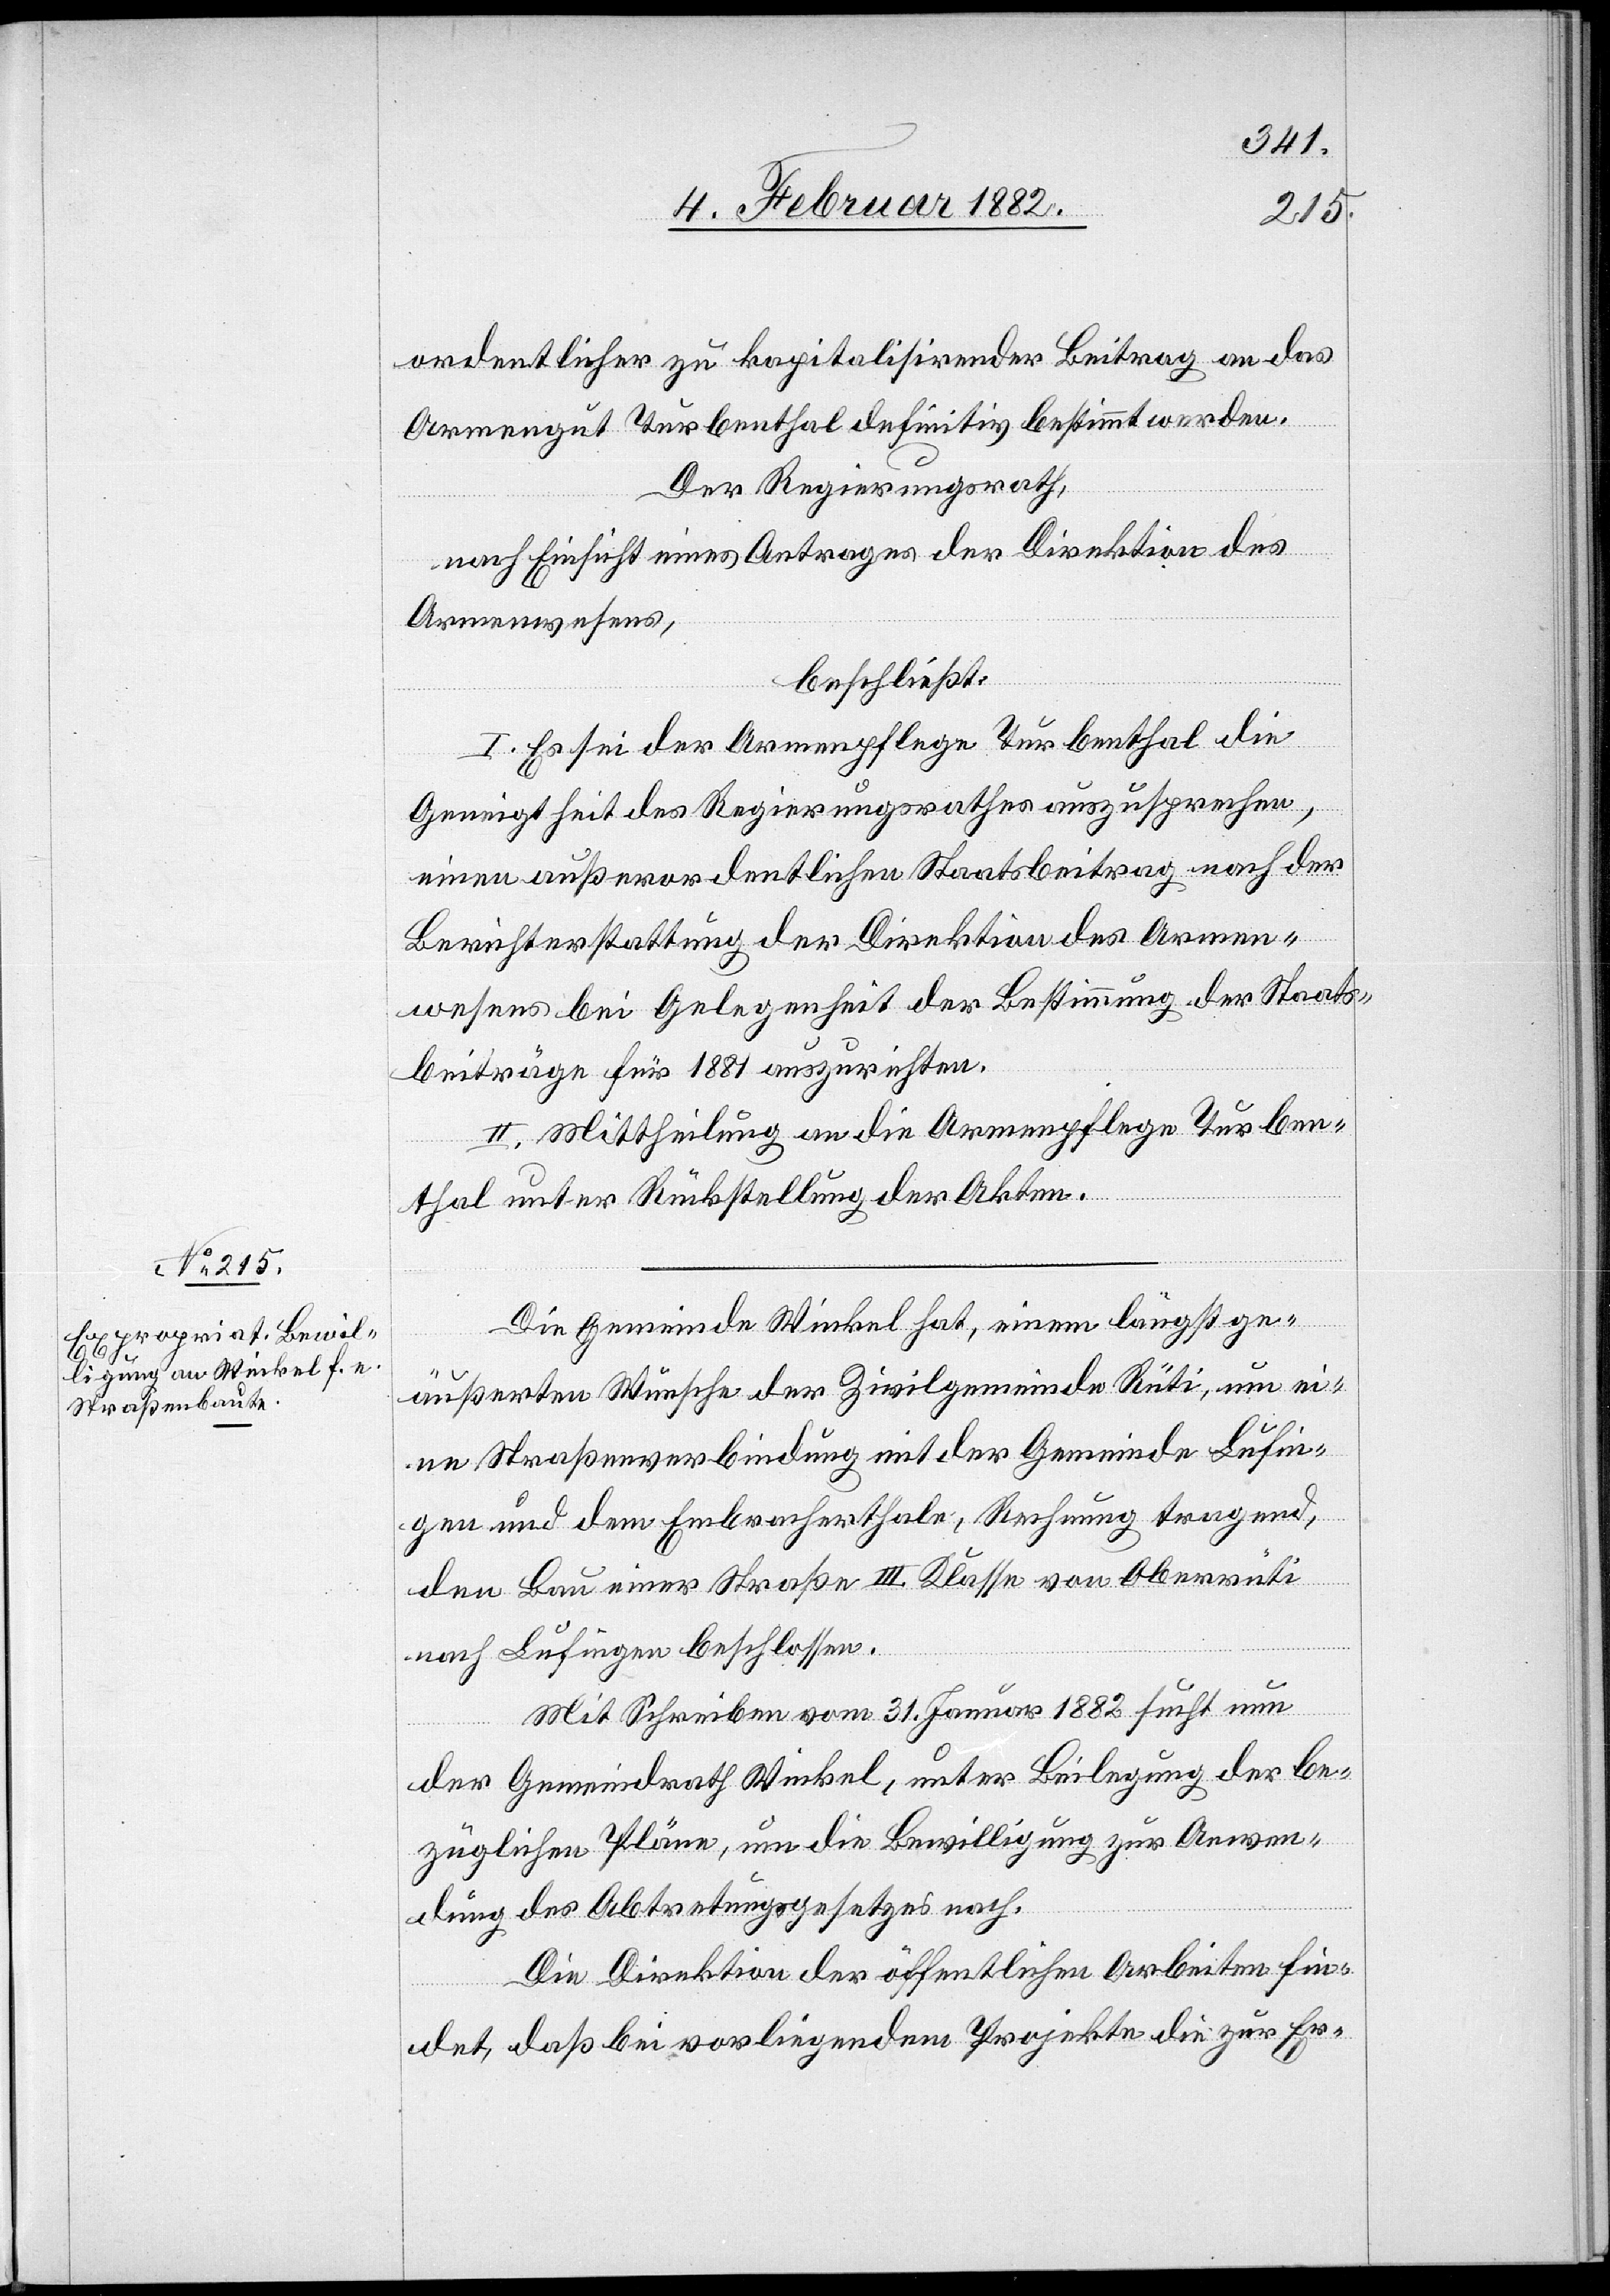
ordentlicher zu kapitalisirender Beitrag an das
Armengut Turbenthal definitiv bestimmt werden.
Der Regierungsrath,
nach Einsicht eines Antrages der Direktion des
Armenwesen,
beschließt:
I. Es sei der Armenpflege Turbenthal die
Geneigtheit des Regierungsrathes auszusprechen,
einen außerordentlichen Staatsbeitrag nach der
Berichterstattung der Direktion des Armen¬
wesens bei Gelegenheit der Bestimmung der Staats¬
beiträge für 1881 auszurichten.
II. Mittheilung an die Armenpflege Turben¬
thal unter Rückstellung der Akten.
Die Gemeinde Winkel hat, einem längst ge¬
äußerten Wunsche der Zivilgemeinde Rüti, um ei¬
ne Straßenverbindung mit der Gemeinde Lufin¬
gen und dem Embracherthale, Rechnung tragend,
den Bau einer Straße III. Klasse von Oberrüti
nach Lufingen beschlossen.
Mit Schreiben vom 31. Januar 1882 sucht nun
der Gemeindrath Winkel, unter Beilegung der be¬
züglichen Pläne, um die Bewilligung zur Anwen¬
dung des Abtretungsgesetzes nach.
Die Direktion der öffentlichen Arbeiten fin¬
det, daß bei vorliegendem Projekte die zur Er-